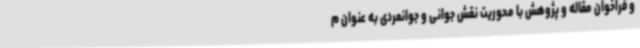
و فراخوان مقاله و پژوهش با محوریت نقش جوانی و جوانمردی به عنوان م